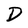
Character: D